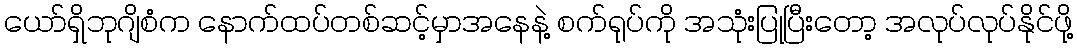
ယော်ရှိဘုဂျိစံက နောက်ထပ်တစ်ဆင့်မှာအနေနဲ့ စက်ရုပ်ကို အသုံးပြုပြီးတော့ အလုပ်လုပ်နိုင်ဖို့